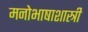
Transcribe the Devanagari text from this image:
मनोभाषाशास्त्री